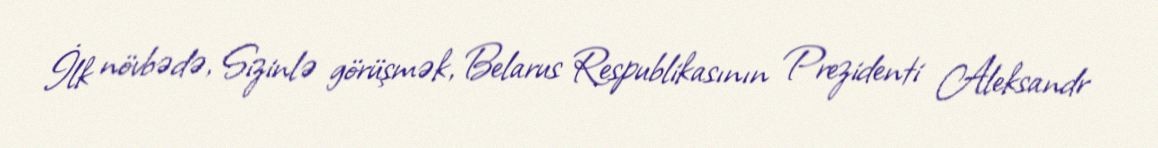
İlk növbədə, Sizinlə görüşmək, Belarus Respublikasının Prezidenti Aleksandr